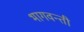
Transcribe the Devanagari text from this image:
भागवन्ती